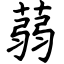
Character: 蒻